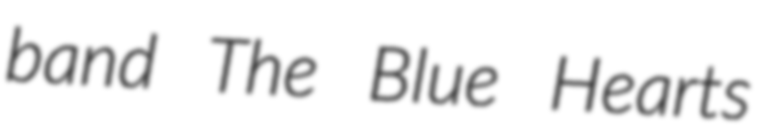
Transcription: band The Blue Hearts